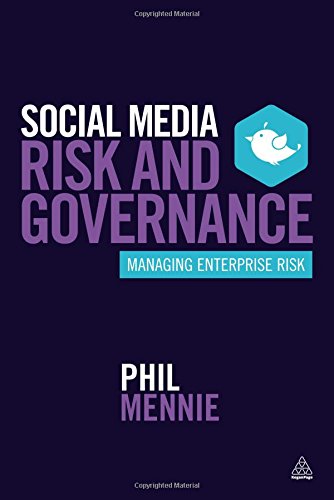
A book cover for Social Media Risk and Governance: Managing Enterprise Risk; Phil Mennie; Computers & Technology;